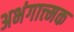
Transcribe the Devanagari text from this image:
अभंगात्त्मक